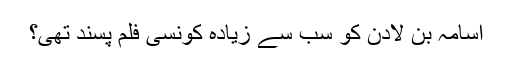
اسامہ بن لادن کو سب سے زیادہ کونسی فلم پسند تھی؟